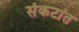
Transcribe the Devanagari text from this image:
संकटांत